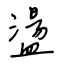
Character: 盪